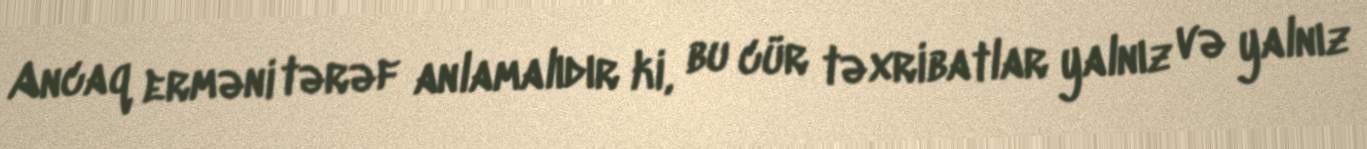
Ancaq erməni tərəf anlamalıdır ki, bu cür təxribatlar yalnız və yalnız